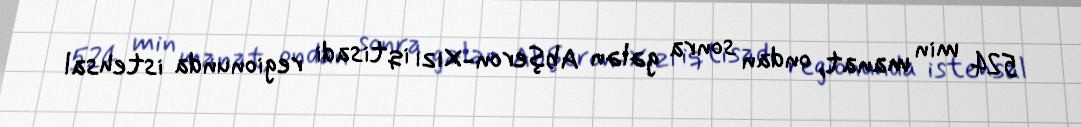
524 min manat, ondan sonra gələn Abşeron-Xızı iqtisadi regionunda istehsal